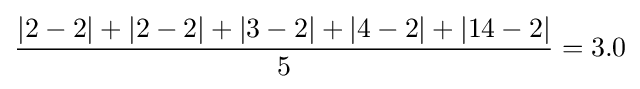
{\frac {|2-2|+|2-2|+|3-2|+|4-2|+|14-2|}{5}}=3.0